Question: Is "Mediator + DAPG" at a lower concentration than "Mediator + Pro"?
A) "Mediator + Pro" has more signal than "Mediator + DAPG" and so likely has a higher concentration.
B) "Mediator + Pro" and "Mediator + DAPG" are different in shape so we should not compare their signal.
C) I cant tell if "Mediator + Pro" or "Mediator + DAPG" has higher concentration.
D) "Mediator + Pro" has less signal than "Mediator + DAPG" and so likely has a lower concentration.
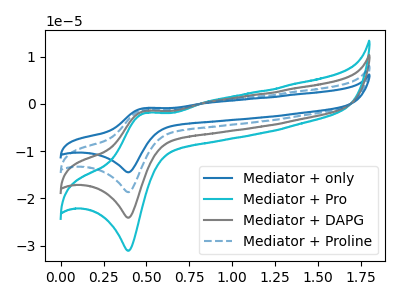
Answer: <think>The blue curve "Mediator + only" has an anodic peak at (0.50V, -4.55uA) and a cathodic peak at (0.40V, -72.35uA). The cyan curve "Mediator + Pro" has an anodic peak at (0.50V, -1.95uA) and a cathodic peak at (0.40V, -31.10uA). The gray curve "Mediator + DAPG" has an anodic peak at (0.50V, -1.50uA) and a cathodic peak at (0.40V, -24.10uA). The blue dashed curve "Mediator + Proline" has an anodic peak at (0.50V, -3.05uA) and a cathodic peak at (0.40V, -48.25uA).
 All the peaks in "Mediator + Pro" have a peak in "Mediator + DAPG" at the same potential.</think>
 <answer>C) I cant tell if "Mediator + Pro" or "Mediator + DAPG" has higher concentration.</answer>
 <eval>C</eval>